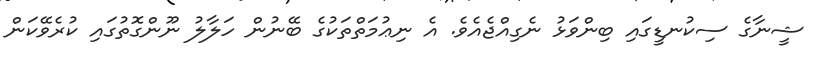
ޝީނާގެ ސިކުނޑީގައި ބިންވަޅު ނެގިއްޖެއެވެ. އެ ނިޢުމަތްތަކުގެ ބޭނުން ހަލާލު ނޫންގޮތުގައި ކުރެވޭކަން